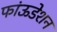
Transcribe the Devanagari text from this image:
फांऊडेशन